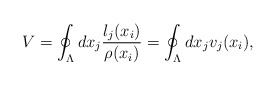
\begin{align*}V=\oint_{\Lambda}d x_j \frac{l_j(x_i)}{\rho (x_i)}=\oint_{\Lambda}d x_jv_j(x_i),\end{align*}